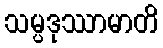
သမ္ပဒုဿာမာတိ